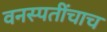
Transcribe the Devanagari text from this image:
वनस्पतींचाच